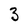
Character: 3